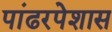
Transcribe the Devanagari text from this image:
पांढरपेशास